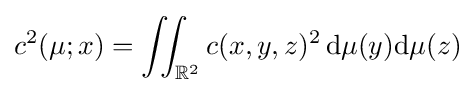
c^{2}(\mu ;x)=\iint _{\mathbb {R} ^{2}}c(x,y,z)^{2}\,\mathrm {d} \mu (y)\mathrm {d} \mu (z)